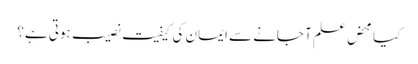
کیا محض علم آ جانے سے ایمان کی کیفیت نصیب ہوتی ہے؟